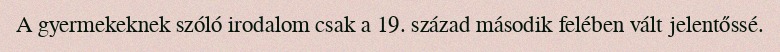
A gyermekeknek szóló irodalom csak a 19. század második felében vált jelentőssé.